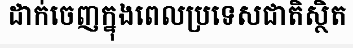
ដាក់ចេញក្នុងពេលប្រទេសជាតិស្ថិត